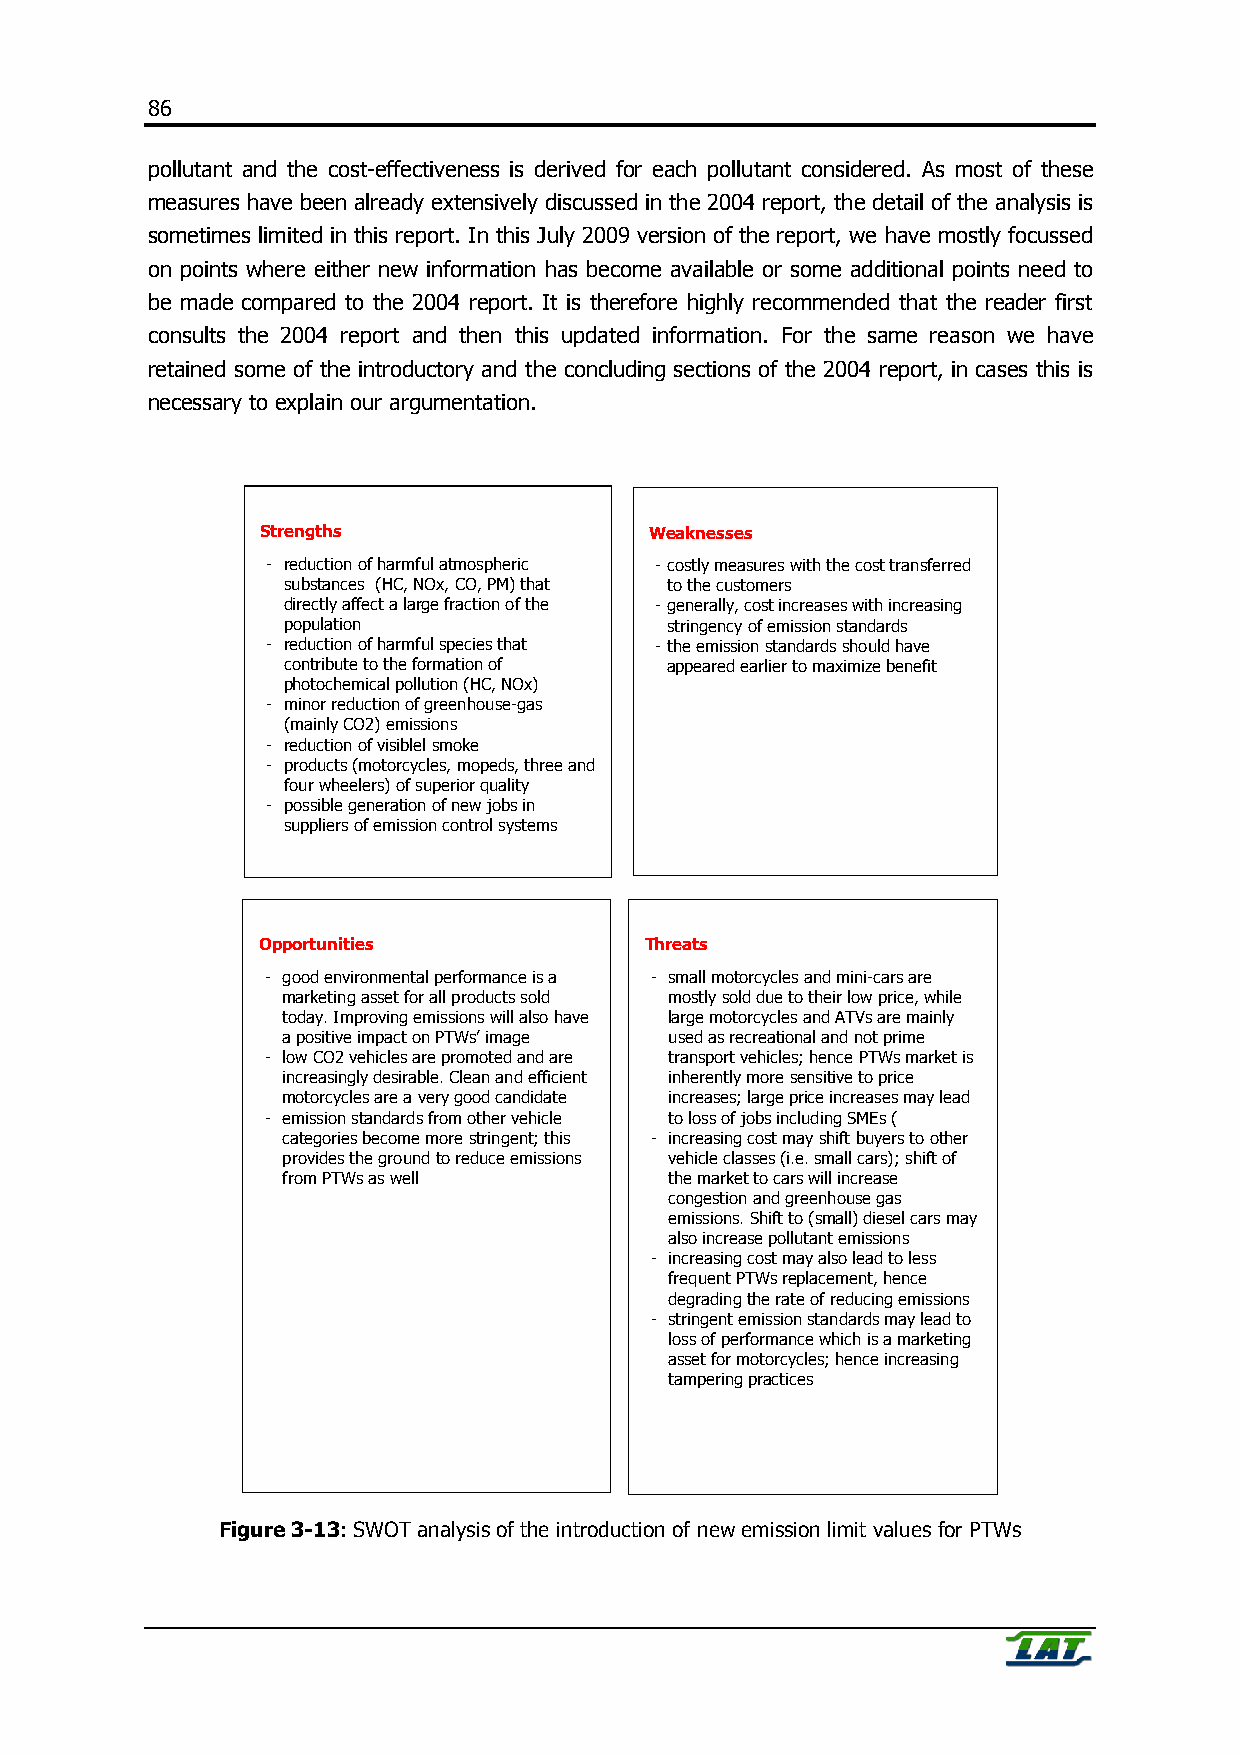
86
 pollutant and the cost-effectiveness is derived for each pollutant considered. As most of these
 measures have been already extensively discussed in the 2004 report, the detail of the analysis is
 sometimes limited in this report. In this July 2009 version of the report, we have mostly focussed
 on points where either new information has become available or some additional points need to
 be made compared to the 2004 report. It is therefore highly recommended that the reader first
 consults the 2004 report and then this updated information. For the same reason we have
 retained some of the introductory and the concluding sections of the 2004 report, in cases this is
 necessary to explain our argumentation.
 Strengths                 Weaknesses
 - reduction of harmful atmospheric - costly measures with the cost transferred
 substances (HC, NOx, CO, PM) that to the customers
 directly affect a large fraction of the - generally, cost increases with increasing
 population               stringency of emission standards
 - reduction of harmful species that - the emission standards should have
 contribute to the formation of appeared earlier to maximize benefit
 photochemical pollution (HC, NOx)
 - minor reduction of greenhouse-gas
 (mainly CO2) emissions
 - reduction of visiblel smoke
 - products (motorcycles, mopeds, three and
 four wheelers) of superior quality
 - possible generation of new jobs in
 suppliers of emission control systems
 Opportunities             Threats
 - good environmental performance is a - small motorcycles and mini-cars are
 marketing asset for all products sold mostly sold due to their low price, while
 today. Improving emissions will also have large motorcycles and ATVs are mainly
 a positive impact on PTWs’ image used as recreational and not prime
 - low CO2 vehicles are promoted and are transport vehicles; hence PTWs market is
 increasingly desirable. Clean and efficient inherently more sensitive to price
 motorcycles are a very good candidate increases; large price increases may lead
 - emission standards from other vehicle to loss of jobs including SMEs (
 categories become more stringent; this - increasing cost may shift buyers to other
 provides the ground to reduce emissions vehicle classes (i.e. small cars); shift of
 from PTWs as well        the market to cars will increase
 congestion and greenhouse gas
 emissions. Shift to (small) diesel cars may
 also increase pollutant emissions
 - increasing cost may also lead to less
 frequent PTWs replacement, hence
 degrading the rate of reducing emissions
 - stringent emission standards may lead to
 loss of performance which is a marketing
 asset for motorcycles; hence increasing
 tampering practices
 Figure 3-13: SWOT analysis of the introduction of new emission limit values for PTWs